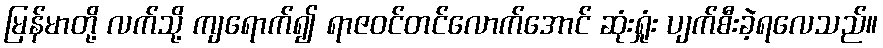
မြန်မာတို့ လက်သို့ ကျရောက်၍ ရာဇဝင်တင်လောက်အောင် ဆုံးရှုံး ပျက်စီးခဲ့ရလေသည်။